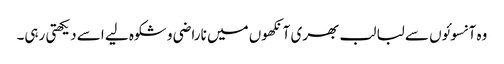
وہ آنسوئوں سے لبا لب بھری آنکھوں میں ناراضی و شکوہ لیے اسے دیکھتی رہی۔